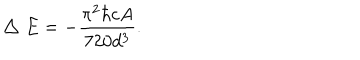
LaTeX: \bigtriangleup E = - { \frac { \pi ^ { 2 } { \hbar } c A } { 7 2 0 d ^ { 3 } } } .